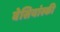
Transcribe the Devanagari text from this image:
वेसियांस्की